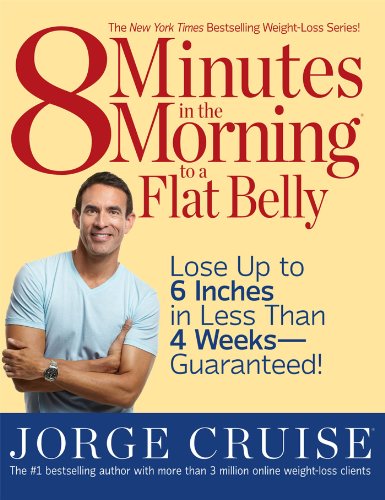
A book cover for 8 Minutes in the Morning to a Flat Belly: Lose Up to 6 Inches in Less than 4 Weeks--Guaranteed!; Jorge Cruise; Health, Fitness & Dieting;